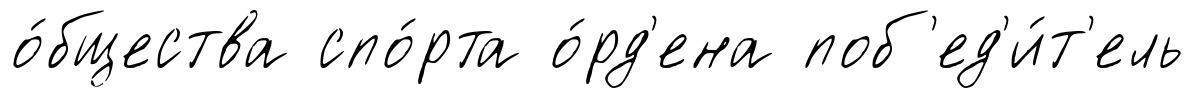
о́бщества спо́рта о́рд'ена поб'ед'и́т'ель